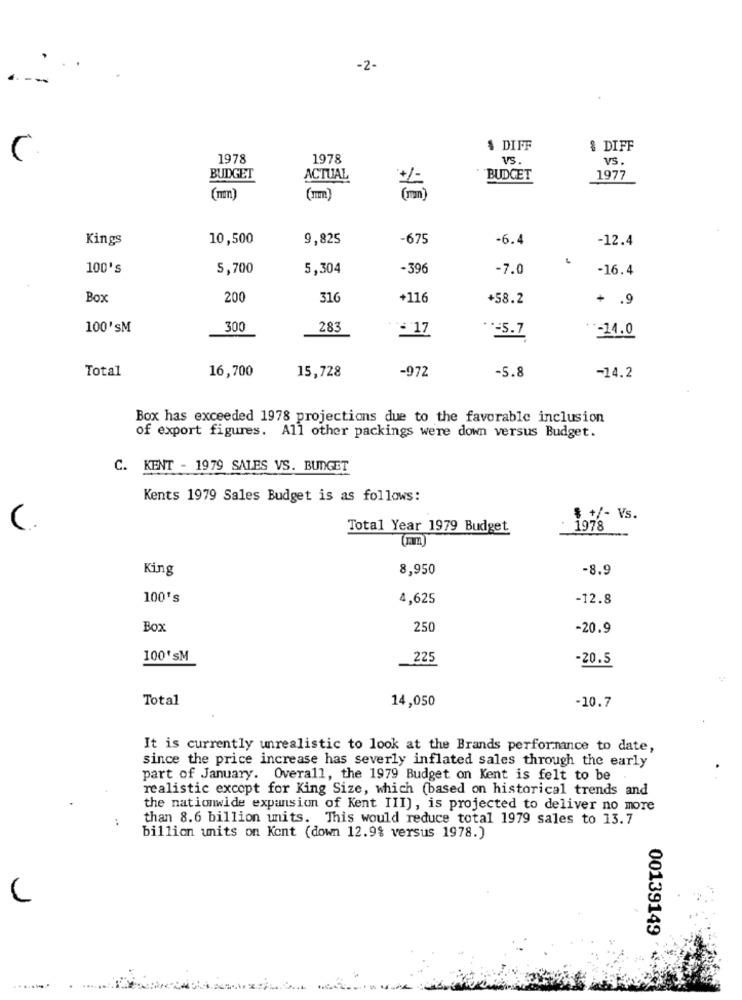
-2-
$ DIFF
& DIFF
(
1978
1978
VS
VS.
BUDGET
ACTUAL
BUDGET
1977
(mm)
Kings
10,500
9,825
-675
-6.4
-12.4
100's
5,700
5,304
-396
-7.0
-16.4
Box
200
316
+116
+58.2
+ .9
100'sM
300
283
**- 5.7
= 17
-14.0
Total
16,700
-972
-5.8
15,728
-14.2
Box has exceeded 1978 projections due to the favorable inclusion
of export figures. All other packings were down versus Budget.
C. KENT - 1979 SALES VS. BUDGET
Kents 1979 Sales Budget is as follows:
$ +/- Vs.
C
Total Year 1979 Budget
1978
(ram)
King
8,950
-8.9
100's
4,625
-12.8
Box
250
-20.9
100'sM
225
-20.5
Total
14,050
-10.7
It is currently unrealistic to look at the Brands performance to date,
since the price increase has severly inflated sales through the early
part of January. Overall, the 1979 Budget on Kent is felt to be
realistic except for King Size, which (based on historical trends and
the nationwide expansion of Kent III), is projected to deliver no more
than 8.6 billion units. This would reduce total 1979 sales to 13.7
billion units on Kont (down 12.9% versus 1978.)
00139149